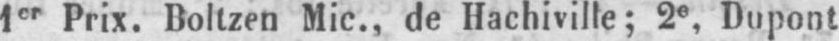
1er Prix. Boltzen Mic., de Hachiville; 2e Dupont